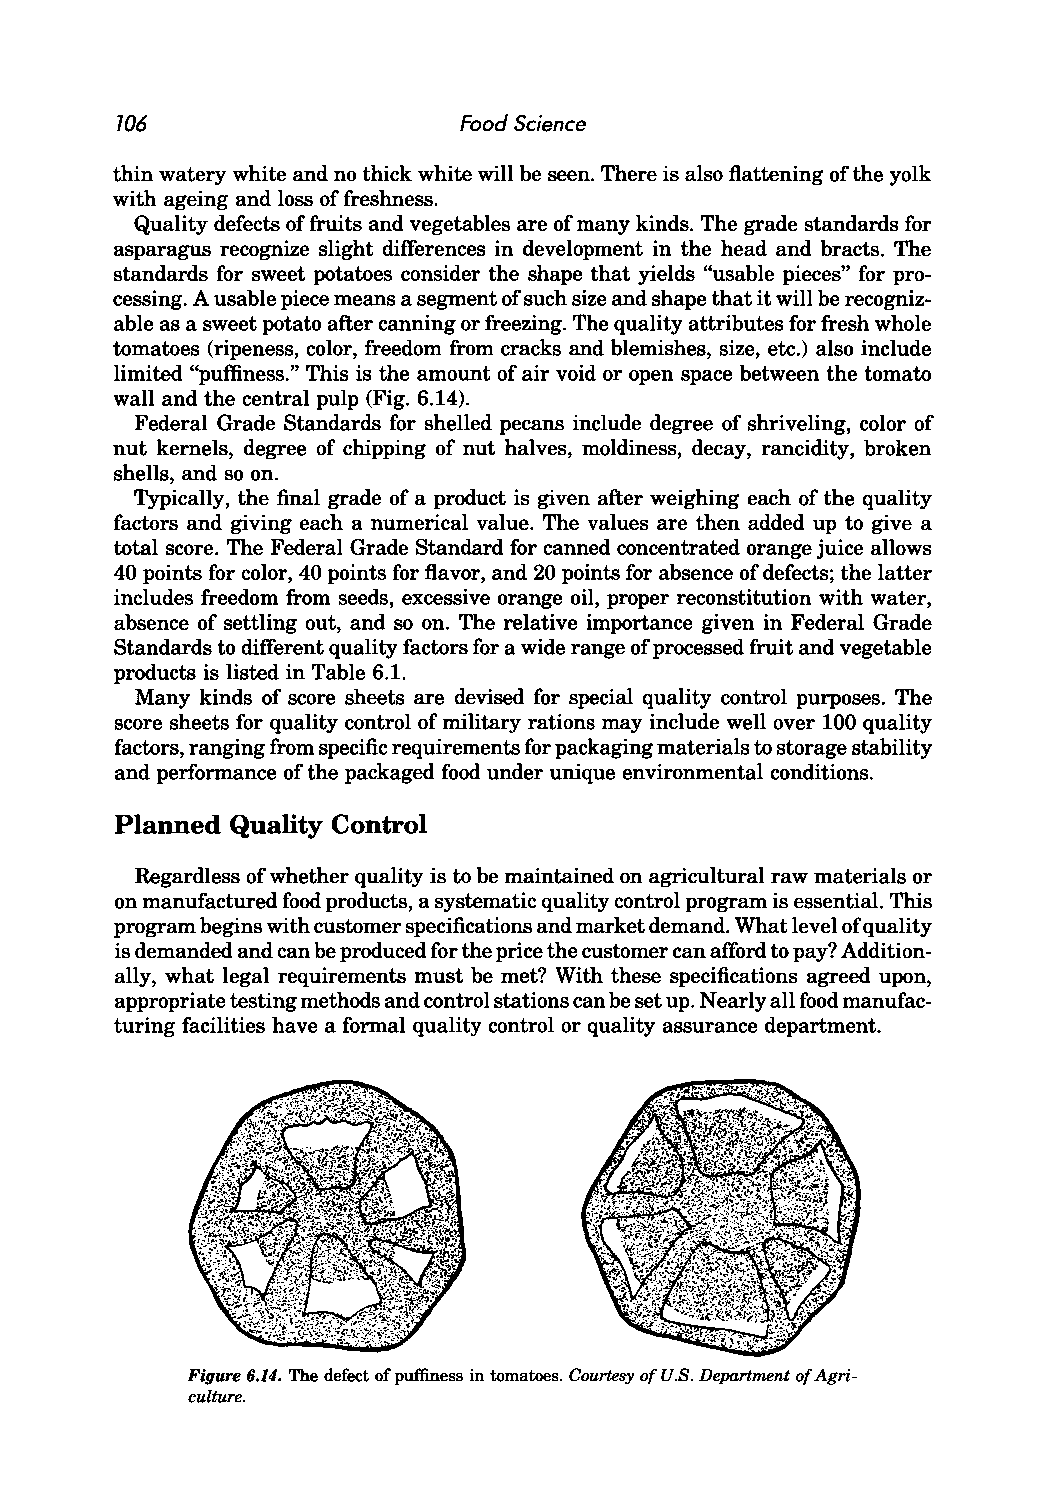
106                   Food Science
 thin watery white and no thick white will be seen. There is also flattening of the yolk
 with ageing and loss of freshness.
 Quality defects of fruits and vegetables are of many kinds. The grade standards for
 asparagus recognize slight differences in development in the head and bracts. The
 standards for sweet potatoes consider the shape that yields "usable pieces" for pro
 cessing. A usable piece means a segment of such size and shape that it will be recogniz
 able as a sweet potato after canning or freezing. The quality attributes for fresh whole
 tomatoes (ripeness, color, freedom from cracks and blemishes, size, etc.) also include
 limited "puffiness." This is the amount of air void or open space between the tomato
 wall and the central pulp (Fig. 6.14).
 Federal Grade Standards for shelled pecans include degree of shriveling, color of
 nut kernels, degree of chipping of nut halves, moldiness, decay, rancidity, broken
 shells, and so on.
 Typically, the final grade of a product is given after weighing each of the quality
 factors and giving each a numerical value. The values are then added up to give a
 total score. The Federal Grade Standard for canned concentrated orange juice allows
 40 points for color, 40 points for flavor, and 20 points for absence of defects; the latter
 includes freedom from seeds, excessive orange oil, proper reconstitution with water,
 absence of settling out, and so on. The relative importance given in Federal Grade
 Standards to different quality factors for a wide range of processed fruit and vegetable
 products is listed in Table 6.1.
 Many kinds of score sheets are devised for special quality control purposes. The
 score sheets for quality control of military rations may include well over 100 quality
 factors, ranging from specific requirements for packaging materials to storage stability
 and performance of the packaged food under unique environmental conditions.
 Planned Quality Control
 Regardless of whether quality is to be maintained on agricultural raw materials or
 on manufactured food products, a systematic quality control program is essential. This
 program begins with customer specifications and market demand. What level ofq uality
 is demanded and can be produced for the price the customer can afford to pay? Addition
 ally, what legal requirements must be met? With these specifications agreed upon,
 appropriate testing methods and control stations can be set up. Nearly all food manufac
 turing facilities have a formal quality control or quality assurance department.
 Figure 6.14. The defect of puffiness in tomatoes. Courtesy of U.S. Department of Agri
 culture.